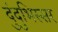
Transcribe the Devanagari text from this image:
दुंदुभिस्सर